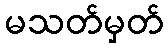
မသတ်မှတ်